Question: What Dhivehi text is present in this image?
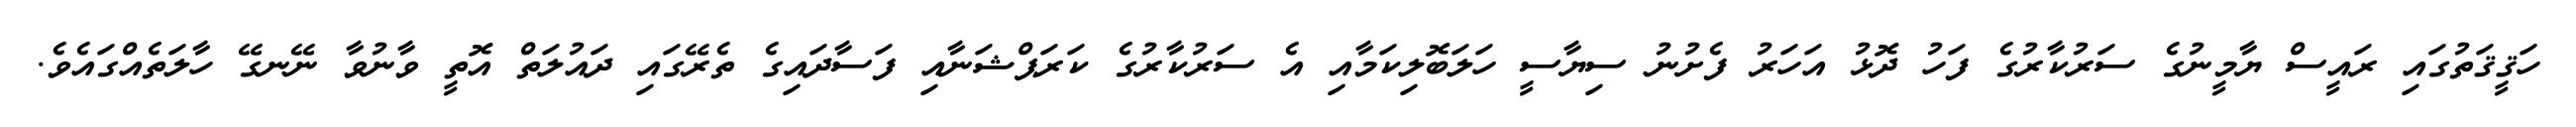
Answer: ހަޤީޤަތުގައި ރައީސް ޔާމީނުގެ ސަރުކާރުގެ ފަހު ދޮޅު އަހަރު ފެށުނު ސިޔާސީ ހަލަބޮލިކަމާއި އެ ސަރުކާރުގެ ކަރަޕްޝަނާއި ފަސާދައިގެ ތެރޭގައި ދައުލަތް އޮތީ ވާނުވާ ނޭނގޭ ހާލަތެއްގައެވެ.